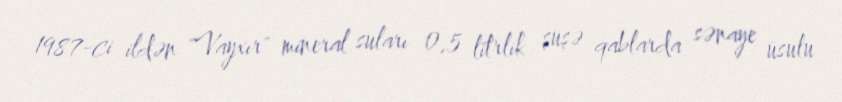
1987-ci ildən "Vayxır" mineral suları 0,5 litrlik şüşə qablarda sənaye üsulu